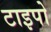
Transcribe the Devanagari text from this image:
टाइपो